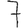
Digit: 7